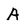
Character: A